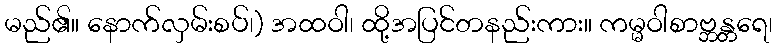
မည်၏။ နောက်လှမ်းစပ်၊) အထဝါ၊ ထို့အပြင်တနည်းကား။ ကမ္မဝါစာဗ္ဘန္တရေ၊